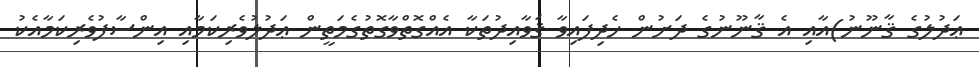
ޢަދުލުގެ ޤާނޫނު)އާއި އެ ޤާނޫނުގެ ދަށުން ހެދިފައިވާ ޤަވާއިދުތަކާ އެއްގޮތްވާގޮތުގެމަތީން ޢަދުލުވެރިކަމާއި އިންސާފުވެރިކަމާއެކު